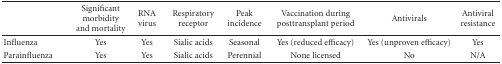
<table><thead><tr><td></td><td><b>Significant morbidity and mortality</b></td><td><b>RNA virus</b></td><td><b>Respiratory receptor</b></td><td><b>Peak incidence</b></td><td><b>Vaccination during posttransplant period</b></td><td><b>Antivirals</b></td><td><b>Antiviral resistance</b></td></tr></thead><tbody><tr><td>Influenza</td><td>Yes</td><td>Yes</td><td>Sialic acids</td><td>Seasonal</td><td>Yes (reduced efficacy)</td><td>Yes (unproven efficacy)</td><td>Yes</td></tr><tr><td>Parainfluenza</td><td>Yes</td><td>Yes</td><td>Sialic acids</td><td>Perennial</td><td>None licensed</td><td>No</td><td>N/A</td></tr></tbody></table>